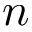
n